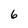
Character: 6